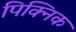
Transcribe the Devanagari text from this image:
पिक्निक